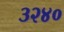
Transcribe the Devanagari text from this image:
३२४०